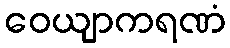
ဝေယျာကရဏံ